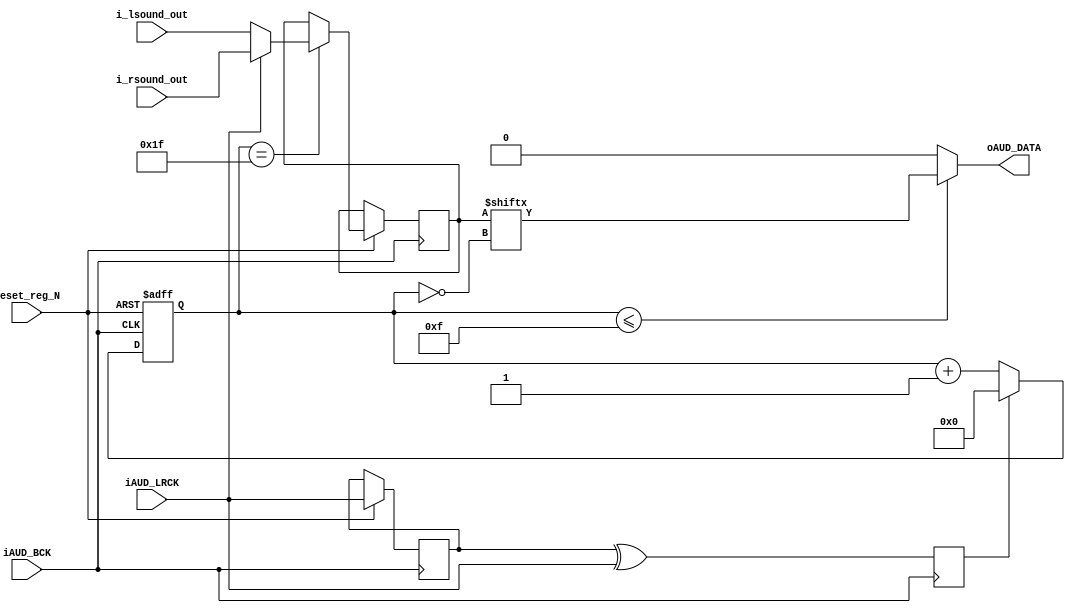
module audio_i2s_driver (
	input               reset_reg_N,
	input               iAUD_LRCK,
	input               iAUD_BCK,
`ifdef	_24BitAudio
	input [23:0]        i_lsound_out, // 24-bits
	input [23:0]        i_rsound_out, // 24-bits
`else
	input [15:0]        i_lsound_out, // 16-bits
	input [15:0]        i_rsound_out, // 16-bits
`endif 
	output              oAUD_DATA
);

	reg [4:0]         SEL_Cont;
`ifdef	_24BitAudio
	reg signed [23:0] sound_out; // 24-bits
`else
	reg signed [15:0] sound_out; // 16-bits
`endif 
	reg reg_edge_detected;
	reg reg_lrck_dly;

	wire edge_detected = reg_lrck_dly ^ iAUD_LRCK;
	
////////////        SoundOut        ///////////////
	always@(posedge iAUD_BCK)begin
		reg_edge_detected <= edge_detected;
	end

    always@(negedge iAUD_BCK or negedge reset_reg_N)begin
        if(!reset_reg_N)begin
            SEL_Cont    <=  5'h0;
        end
        else begin
            reg_lrck_dly <= iAUD_LRCK;

			if (reg_edge_detected) begin 	SEL_Cont <= 5'h0; 				end // i2s mode 1 bclk delay
			else begin 						SEL_Cont <= SEL_Cont + 1'b1;	end

            if (SEL_Cont == 5'h1f) begin
                if (iAUD_LRCK) begin 	sound_out <= i_rsound_out; end
				else begin 				sound_out <= i_lsound_out; end
			end	
        end
    end

`ifdef _24BitAudio
    assign  oAUD_DATA   =  (SEL_Cont <= 23) ? sound_out[(~SEL_Cont)-5'd8] : 1'b0; // 24-bits
`else
    assign  oAUD_DATA   =  (SEL_Cont <= 15 ) ? sound_out[~SEL_Cont[4:0]] : 1'b0; // 16-bits
`endif

endmodule